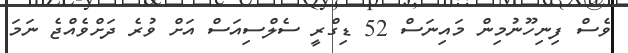
ވެސް ފިނިހޫނުމިން މައިނަސް 52 ޑިގްރީ ސެލްސިއަސް އަށް ވުރެ ދަށްވެއްޖެ ނަމަ